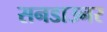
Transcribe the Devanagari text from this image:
सनडाउनर